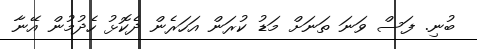
ބުނި. ފަސް ވަނަ ތަނަށް މަޑު ކުރަން އަހަރެން ދެކޮޅު ހެދުމުން އޭނާ